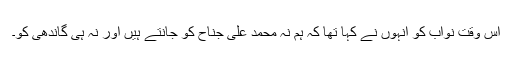
اس وقت نواب کو انہوں نے کہا تھا کہ ہم نہ محمد علی جناح کو جانتے ہیں اور نہ ہی گاندھی کو۔